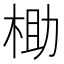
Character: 𬂶